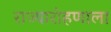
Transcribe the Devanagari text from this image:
राज्यारोहणाला